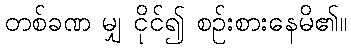
တစ်ခဏ မျှ ငိုင်၍ စဉ်းစားနေမိ၏။